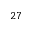
^ { 2 7 }